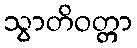
သွာတိဝတ္တာ